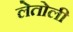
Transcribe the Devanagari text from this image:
लेतोली